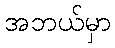
အဘယ်မှာ